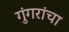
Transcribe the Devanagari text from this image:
गुंगरांचा